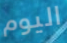
اليوم